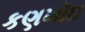
કણખૉઇ